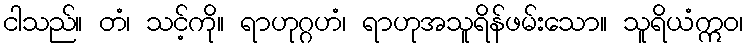
ငါသည်။ တံ၊ သင့်ကို။ ရာဟုဂ္ဂဟံ၊ ရာဟုအသူရိန်ဖမ်းသော။ သူရိယံဣဝ၊